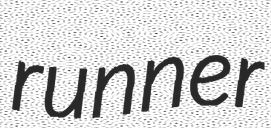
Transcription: runner